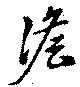
澹